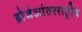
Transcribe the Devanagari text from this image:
होजेआंतरराष्ट्रीय